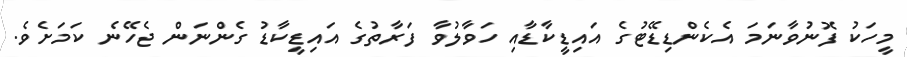
މީހަކު ފޮނުވާނަމަ އެކެންޑިޑޭޓުގެ އައިޑީކާޑާއި ހަވާލުވާ ފަރާތުގެ އައިޑީކާޑު ގެންނަން ޖެހޭނެ ކަމަށެވެ.